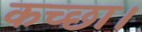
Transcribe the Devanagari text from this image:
कच्छा।